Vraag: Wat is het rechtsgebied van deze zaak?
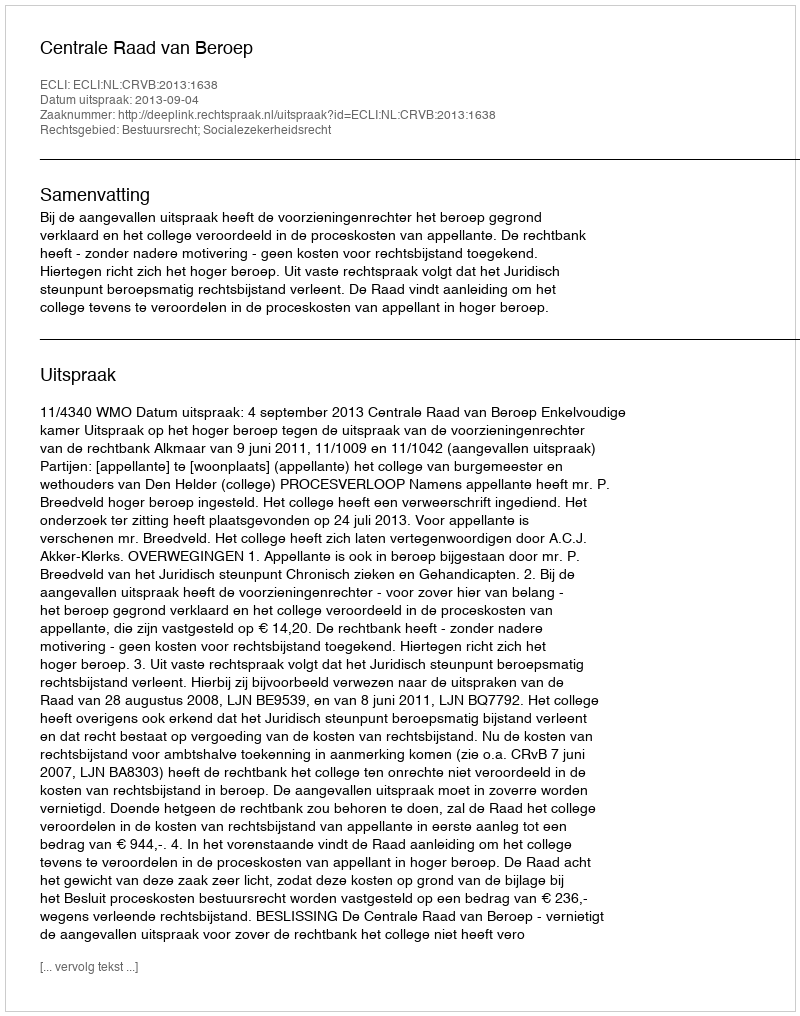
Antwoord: Bestuursrecht; Socialezekerheidsrecht